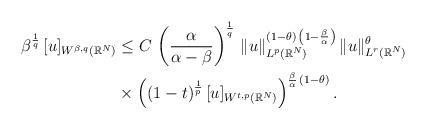
LaTeX: \begin{align*}\beta^\frac{1}{q}\,[u]_{W^{\beta,q}(\mathbb{R}^N)}&\le C\,\left(\frac{\alpha}{\alpha-\beta}\right)^\frac{1}{q}\,\|u\|_{L^p(\mathbb{R}^N)}^{(1-\theta)\,\left(1-\frac{\beta}{\alpha}\right)}\,\|u\|^\theta_{L^r(\mathbb{R}^N)}\\&\times \left((1-t)^\frac{1}{p}\,[u]_{W^{t,p}(\mathbb{R}^N)}\right)^{\frac{\beta}{\alpha}\,(1-\theta)}.\end{align*}